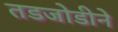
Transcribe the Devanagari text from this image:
तडजोडीने